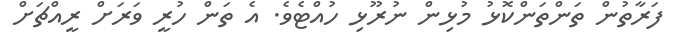
ފަރާތުން ތަންތަންކޮޅު މުޅިން ނުރޫޅި ހުއްޓެވެ. އެ ތަން ހުރީ ވަރަށް ރީއްޗަށް